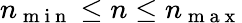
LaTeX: n_{\mathrm{~m~i~n~}}\leq n\leq n_{\mathrm{~m~a~x~}}